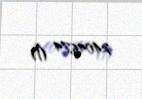
24045,74 ₼